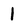
Character: 1